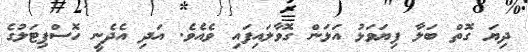
ދިޔަ ގޮތް ބަލާ ފިޔަވަޅު އަޅަން ގޮވާލައިފައި ވެއެވެ. އަދި އެދެނީ ހޮސްޕިޓަލުގެ